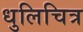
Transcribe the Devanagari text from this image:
धुलिचित्र